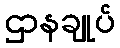
ဌာနချုပ်